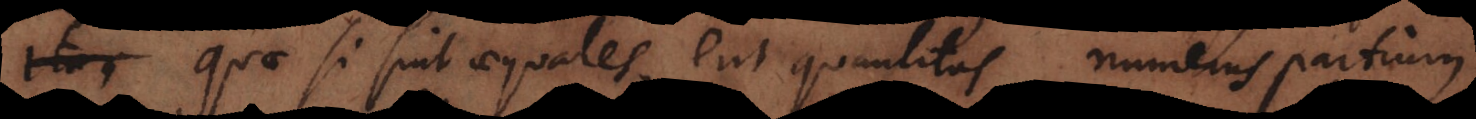
Quae si sint aequales, erit quantitas numerus partium;